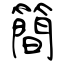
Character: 簡